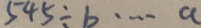
5 4 5 \div b \cdots a